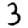
Digit: 3